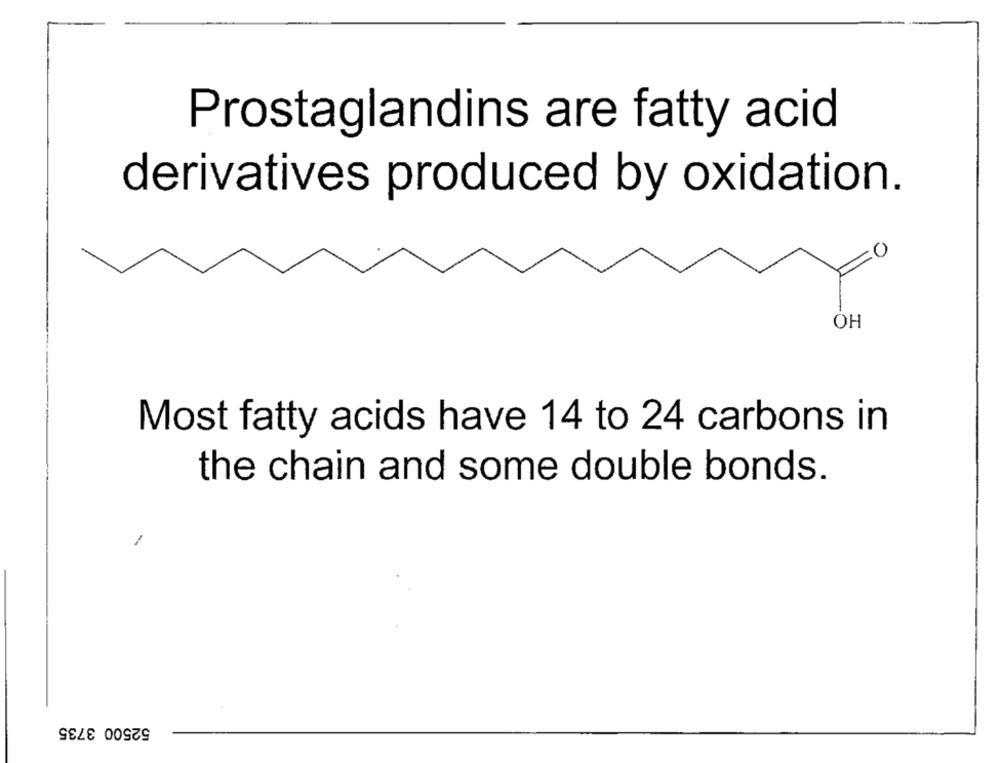
Prostaglandins are fatty acid
derivatives produced by oxidation.
0
OH
Most fatty acids have 14 to 24 carbons in
the chain and some double bonds.
-
52500 3735